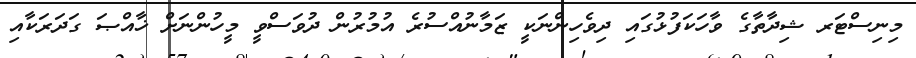
މިނިސްޓަރ ޝިދާތާގެ ވާހަކަފުޅުގައި ދިވެހިންނަކީ ޒަމާނުއްސުރެ އުމުރުން ދުވަސްވީ މީހުންނަށް ޚާއްޞަ ގަދަރަކާއި